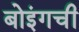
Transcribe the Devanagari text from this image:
बोइंगची